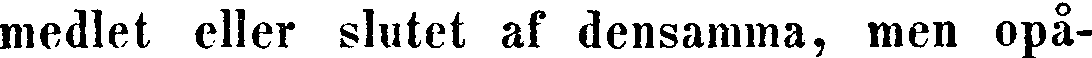
medlet eller slutet af densamma, men opå-